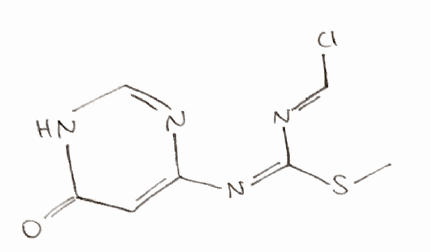
Simplified molecular-input line-entry system (SMILES) notation of the given molecule:
CS/C(=N/C1=CC(=O)NC=N1)/N=C/Cl